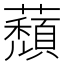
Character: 蘈